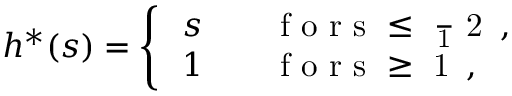
h ^ { \ast } ( s ) = \left\{ \begin{array} { l l } { \, s } & { \quad \mathrm { ~ f ~ o ~ r ~ s ~ \leq ~ \frac ~ 1 ~ 2 ~ } \, , } \\ { \, 1 } & { \quad \mathrm { ~ f ~ o ~ r ~ s ~ \geq ~ 1 ~ } \, , } \end{array} \right.